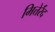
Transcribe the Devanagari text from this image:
मित्तेर्रंद